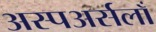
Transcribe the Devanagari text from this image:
अस्पअर्सलाँ